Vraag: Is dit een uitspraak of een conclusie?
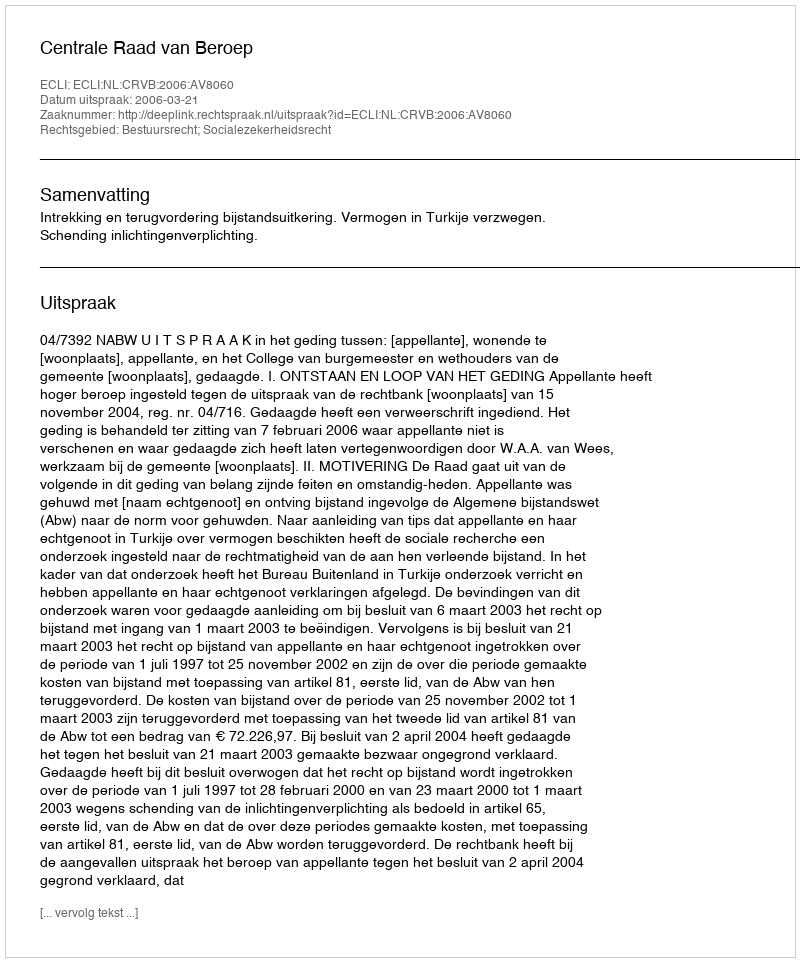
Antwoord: Uitspraak